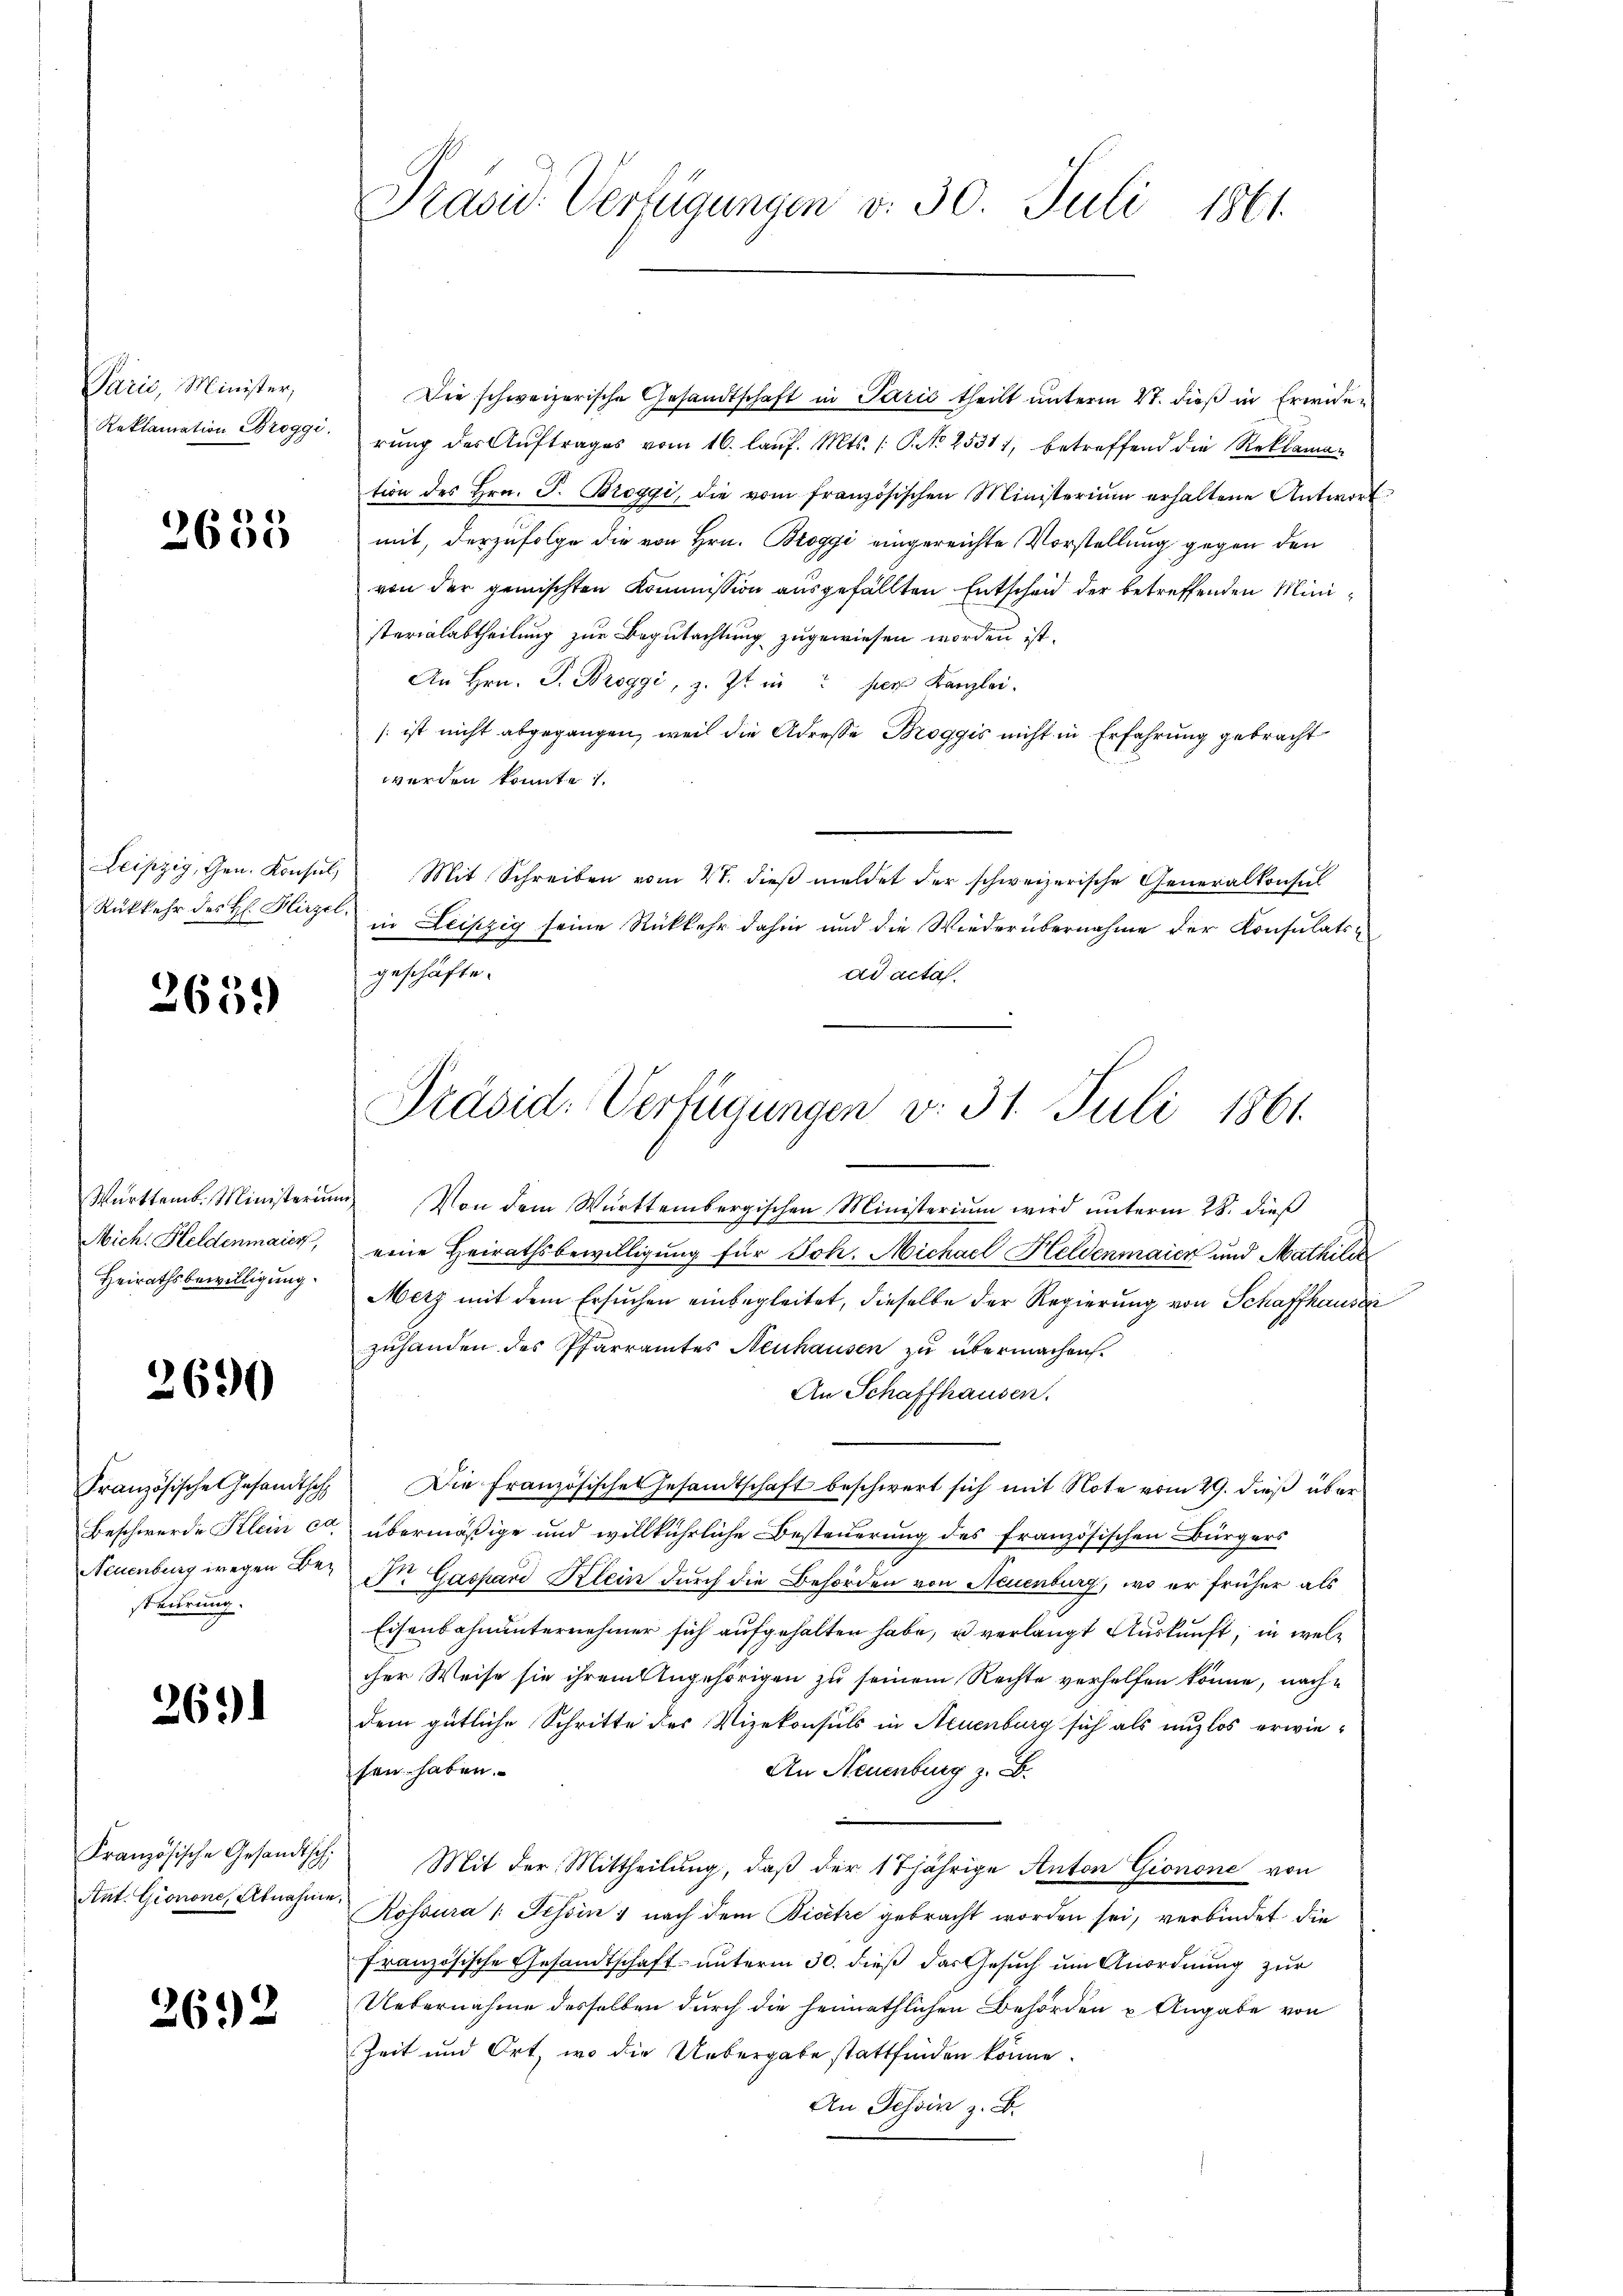
Paris, Minister,
Reklamation Broggi

)6)
3600

Leipzig, Gen. Konsul,
Rükkehr des H. Hirzel.

2659

Württemb. Ministerium
Mich. Heldenmaier
Heirathsbewilligung.

2690

Französische Gesandthoh
Beschwerde Klein ca.
Neuenburg wegen Besteierung.

269.

Französische Gesandtsch
Ant. Gionone, Abnahme

2692

Präsid. Verfügungen v. 30. Juli 1861

Die schweizerische Gesandtschaft in Paris theilt ŭnterm 2t. dieβ in Erwider
rŭng der Aŭftrages vom 16. laŭf. Mts. /: P. No 2531, betreffend die Reklamation des Hrn. J. Broggi, die vom französischen Ministerium erhaltene Antwort
mit, derzufolge die von Hrn. Broggi eingereichte Vorstellung gegen den
von der gemischten Kommission ausgefällten Entscheid der betreffenden Ministerialabtheilung zur Begutachtung zugewiesen worden ist.
An Hrn. J. Broggi, z. Zt. in per Kanzlei-
/ ist nicht abgegangen, weil die Adresse Broggis nicht in Erfahrung gebracht
werden konnte 1
 Mit Schreiben vom 4t. dieβ meldet der schweizerische Generalkonsul
in Leipzig seine Rückkehr dahin und die Wiederübernahme der Konsulatsgeschäfte.
ad acta.
u) Von dem Württembergischen Ministerium wird unterm 28. dieß
eine Heirathsbewilligung für Joh. Michael Heldenmaier und Mathiliz
Merz mit dem Ersuchen einbegleitet, dieselbe der Regierung von Schaffhausei
zuhanden des Pfarramtes Neuhausen zu übermachen.
An Schaffhausen.
Die Französisches Gesandtschaft beschwert sich mit Note vom 29. dieß über
übermäßige und willkührliche Besteuerung des französischen Bürgers
Dr. Gaspard Klein durch die Behörden von Neuenburg, wo er früher als
Eisenbahnunternehmer sich aufgehalten habe, u verlangt Auskunft, in welcher Weise sie ihrem Angehörigen zu seinem Rechte verhelfen könne, nachdem gütliche Schritte des Vizekonsuls in Neuenburg sich als unzlos erwie¬
An Neuenburg z. B.
sen haben.
Mit der Mittheilung, daβ der 17 jährige Anton Gionone von
Rössura /: Tessin, nach dem Bicetre gebracht worden sei, verbindet die
Französische Gesandtschaft unterm 30. dieß das Gesuch um Anordnung zur
Uebernahme desselben durch die heimathlichen Behörden u. Angabe von
Zeit und Ort, wo die Uebergabe stattfinden könne.
An Tessin z. B.

Präsid. Verfügungen v. 31. Juli 1861.